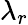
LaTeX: \lambda_{r}